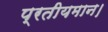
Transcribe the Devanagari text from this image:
प्रतीयमान।